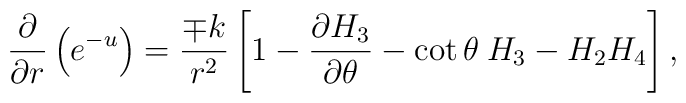
\frac{\partial}{\partial r}\left(e\sp{-u}\right)=\frac{\mp k}{r^{2}}\left[1-\frac{\partial H_{3}}{\partial\theta}-\cot\theta\:H_{3}-H_{2}H_{4}\right],